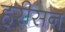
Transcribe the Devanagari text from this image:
हरीसन